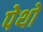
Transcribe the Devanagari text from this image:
पेथो